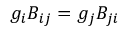
g _ { i } B _ { i j } = g _ { j } B _ { j i }